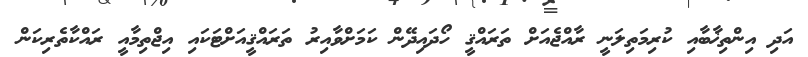
އަދި އިންތިޚާބާއި ކުރިމަތިލަނީ ރާއްޖެއަށް ތަރައްޤީ ހޯދައިދޭން ކަމަށްވާއިރު ތަރައްޤީއަށްޓަކައި އިޖްތިމާއީ ރައްކާތެރިކަން